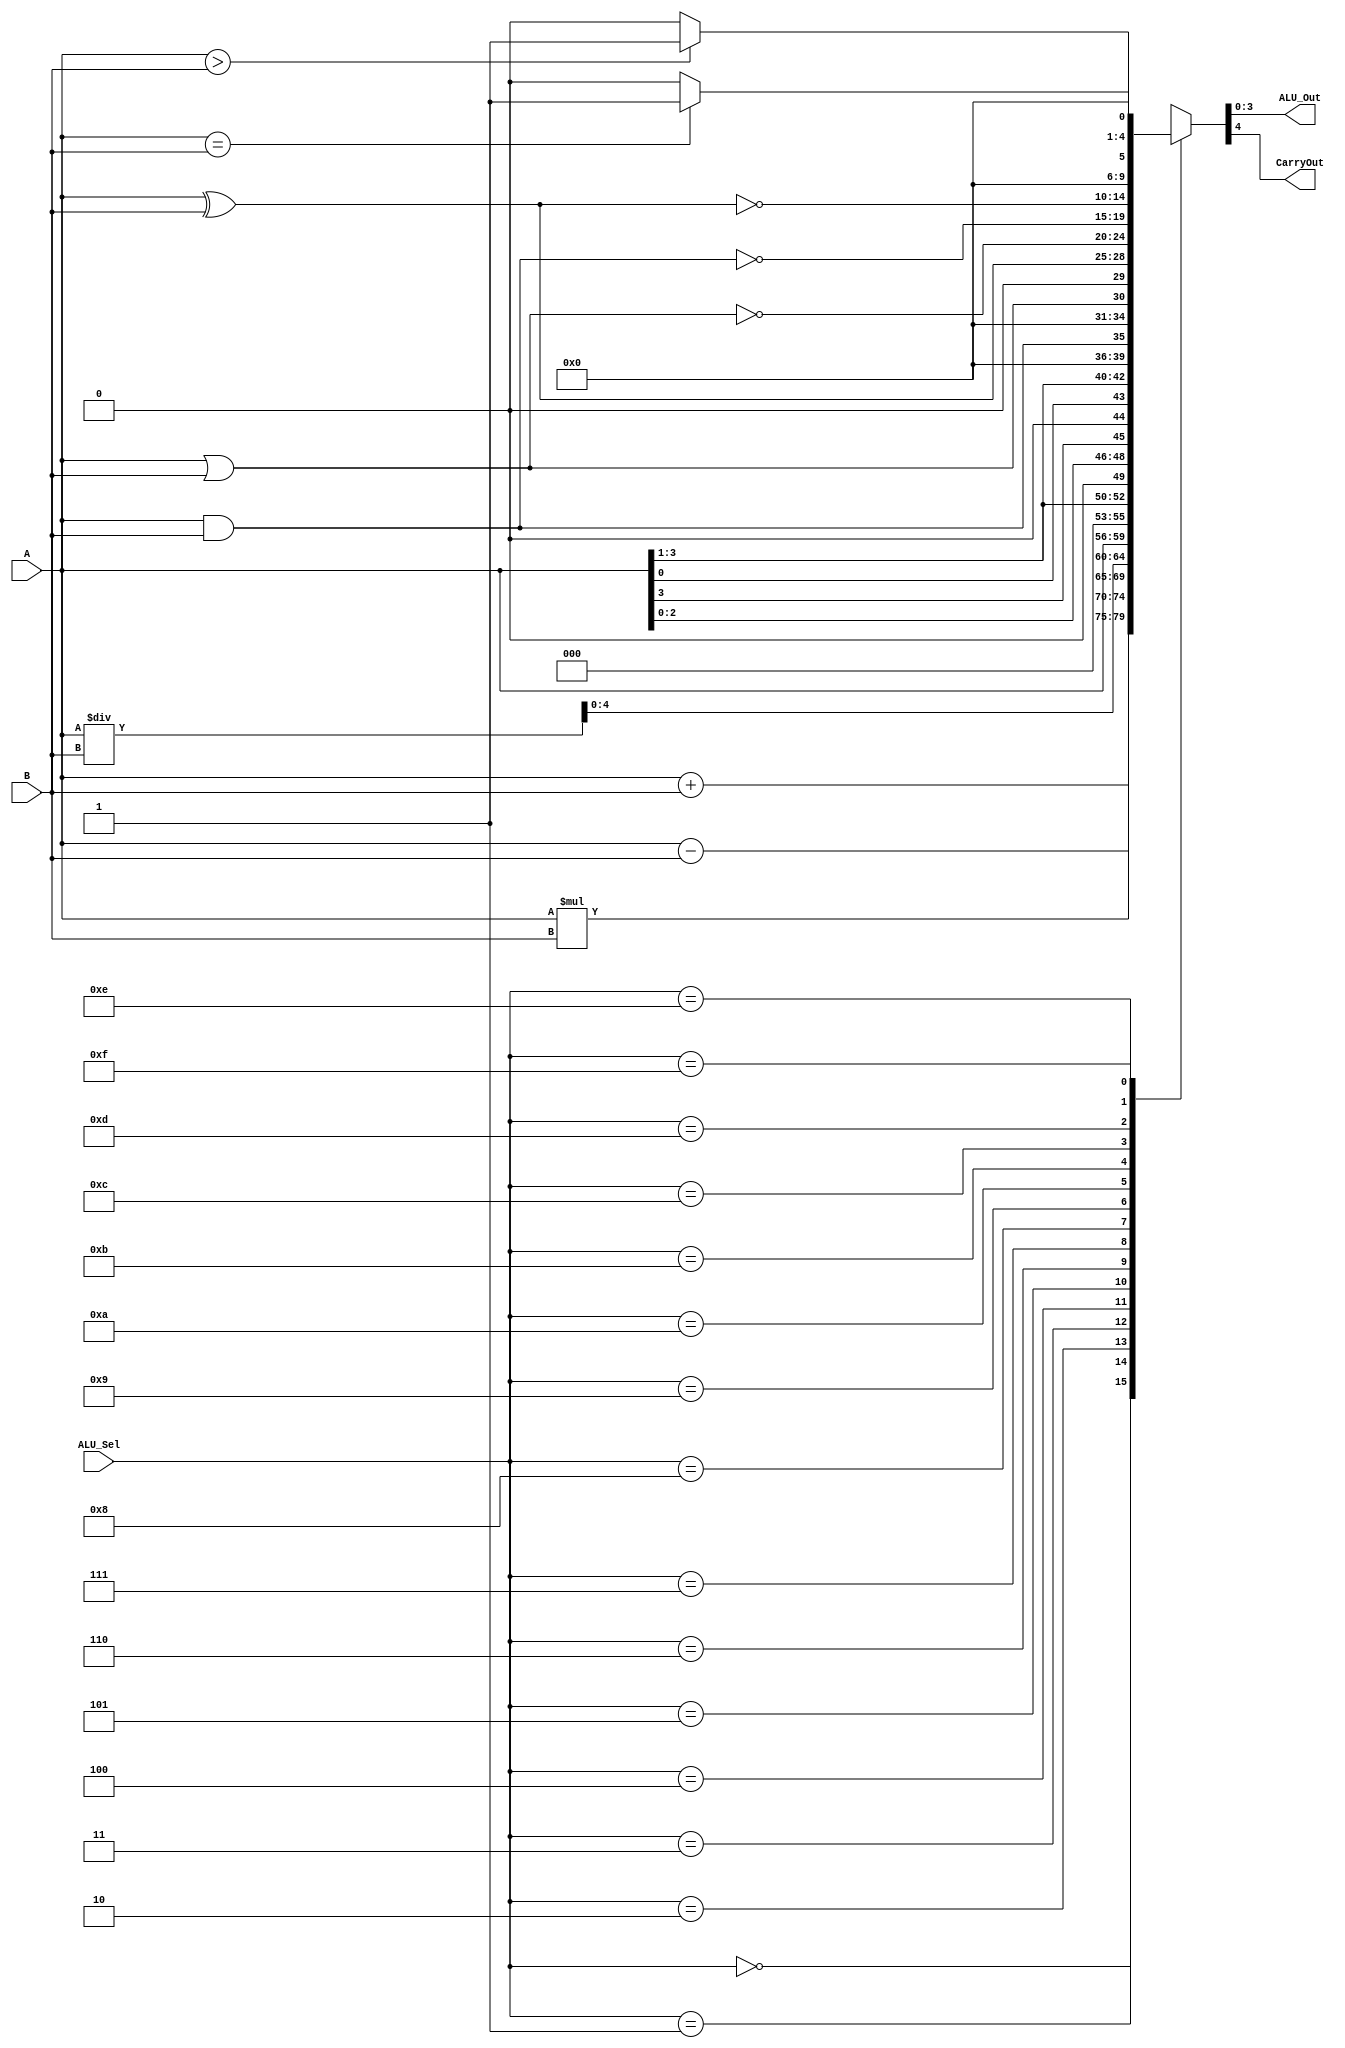
`timescale 1ns / 1ps
//////////////////////////////////////////////////////////////////////////////////
// Company: 
// Engineer: 
// 
// Design Name: 
// Module Name: alu
// Project Name: 
// Target Devices: 
// Tool Versions: 
// Description: 
// 
// Dependencies: 
// 
// Revision:
// Revision 0.01 - File Created
// Additional Comments:
// 
//////////////////////////////////////////////////////////////////////////////////


module alu_fixed (
input [3:0] A ,B , // ALU 4 - bit Inputs
input [3:0] ALU_Sel ,// ALU Selection
output [3:0] ALU_Out , // ALU 4 - bit Output
output CarryOut // Carry Out Flag
);
reg [7:0] ALU_Result ;
assign ALU_Out = ALU_Result ; // ALU out
assign CarryOut = ALU_Result[4]; // Carryout flag
always @ (*)
begin
    case ( ALU_Sel )
    4'b0000 : // Addition
        ALU_Result = A + B ;
    4'b0001 : // Subtraction
        ALU_Result = A - B ;
    4'b0010 : // Multiplication
        ALU_Result = A * B ;
    4'b0011 : // Division
        ALU_Result = A / B ;
    4'b0100 : // Logical shift left
        ALU_Result = A << 1;
    4'b0101 : // Logical shift right
        ALU_Result = A >> 1;
    4'b0110 : // Rotate left
        ALU_Result = { A [2:0] , A [3]};
    4'b0111 : // Rotate right
        ALU_Result = { A [0] , A[3:1]};
    4'b1000 : // Logical and
        ALU_Result = A && B;
    4'b1001 : // Logical or
        ALU_Result = A || B ;
    4'b1010 : // Bitwise xor
        ALU_Result = A ^ B ;
    4'b1011 : // Logical nor
        ALU_Result = ~(A || B);
    4'b1100 : // Logical nand
        ALU_Result = ~(A && B);
    4'b1101 : // Bitwise xnor
        ALU_Result = ~(A ^ B);
    4'b1110 : // Greater comparison
        ALU_Result = (A > B) ? 4'b1 : 4'b0;
    4'b1111 : // Equal comparison
        ALU_Result = ( A == B ) ? 4'b1 : 4'b0;
    default : ALU_Result = A + B;
    endcase
end
endmodule